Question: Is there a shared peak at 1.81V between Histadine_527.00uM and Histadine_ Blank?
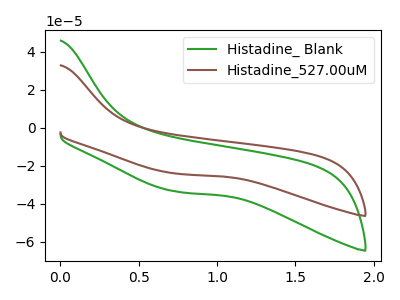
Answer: <think>The green curve "Histadine_ Blank" has no peaks. The brown curve "Histadine_527.00uM" has no peaks.</think>
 <answer>No, "Histadine_527.00uM" and "Histadine_ Blank" dont share a peak at 1.81V.</answer>
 <eval>mismatch</eval>